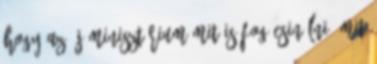
hogy az új minisztérium mit is fog csinálni, mit